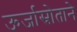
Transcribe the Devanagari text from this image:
ऊर्जास्रोताने